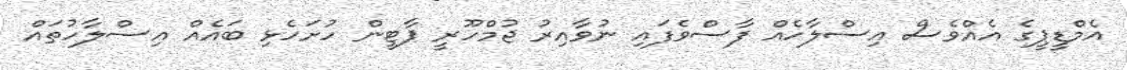
އެމްޑީޕީގެ އެއްވެސް އިސްލާހެއް ފާސްވެފައި ނުވާއިރު ޖުމްހޫރީ ޕާޓީން ހުށަހެޅި ބައެއް އިސްލާހުތައް